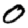
Digit: 0